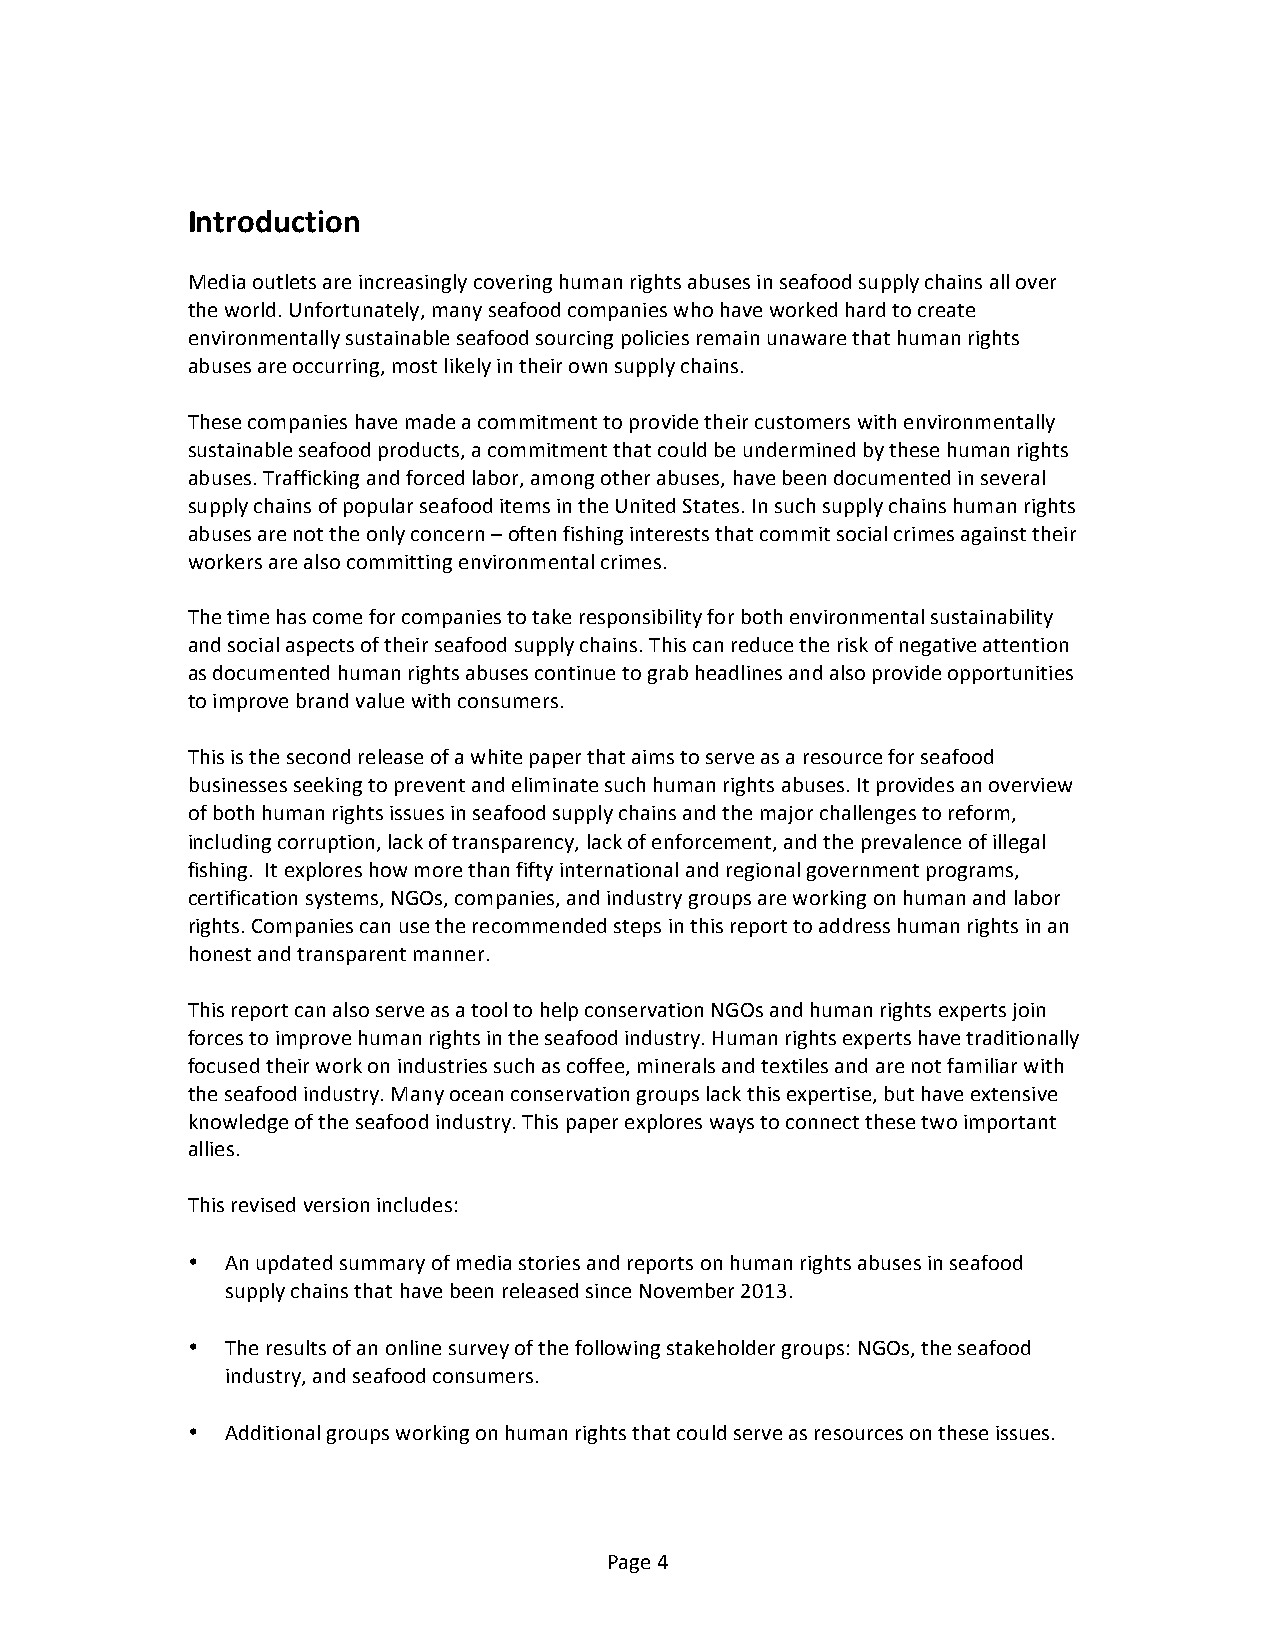
Introduction
 Media outlets are increasingly covering human rights abuses in seafood supply chains all over
 the world. Unfortunately, many seafood companies who have worked hard to create
 environmentally sustainable seafood sourcing policies remain unaware that human rights
 abuses are occurring, most likely in their own supply chains.
 These companies have made a commitment to provide their customers with environmentally
 sustainable seafood products, a commitment that could be undermined by these human rights
 abuses. Trafficking and forced labor, among other abuses, have been documented in several
 supply chains of popular seafood items in the United States. In such supply chains human rights
 abuses are not the only concern – often fishing interests that commit social crimes against their
 workers are also committing environmental crimes.
 The time has come for companies to take responsibility for both environmental sustainability
 and social aspects of their seafood supply chains. This can reduce the risk of negative attention
 as documented human rights abuses continue to grab headlines and also provide opportunities
 to improve brand value with consumers.
 This is the second release of a white paper that aims to serve as a resource for seafood
 businesses seeking to prevent and eliminate such human rights abuses. It provides an overview
 of both human rights issues in seafood supply chains and the major challenges to reform,
 including corruption, lack of transparency, lack of enforcement, and the prevalence of illegal
 fishing. It explores how more than fifty international and regional government programs,
 certification systems, NGOs, companies, and industry groups are working on human and labor
 rights. Companies can use the recommended steps in this report to address human rights in an
 honest and transparent manner.
 This report can also serve as a tool to help conservation NGOs and human rights experts join
 forces to improve human rights in the seafood industry. Human rights experts have traditionally
 focused their work on industries such as coffee, minerals and textiles and are not familiar with
 the seafood industry. Many ocean conservation groups lack this expertise, but have extensive
 knowledge of the seafood industry. This paper explores ways to connect these two important
 allies.
 This revised version includes:
 •  An updated summary of media stories and reports on human rights abuses in seafood
 supply chains that have been released since November 2013.
 •  The results of an online survey of the following stakeholder groups: NGOs, the seafood
 industry, and seafood consumers.
 •  Additional groups working on human rights that could serve as resources on these issues.
 Page 4